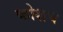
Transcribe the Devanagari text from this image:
कोशच